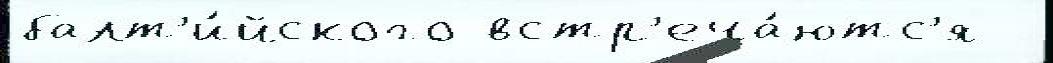
балт'и́йского встр'еча́ютс'я